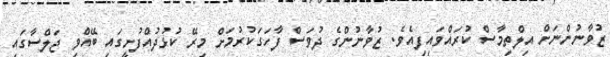
ޒުވާނުންނަށް އިލްތިމާސް ކުރައްވައިފިއެވެ. ޒުވާނުންގެ ދުވަސް ފާހަގަކުރުމަށް މިރޭ ކުޅުދުއްފުށީގައި ބޭއްވި ޖަލްސާގައި